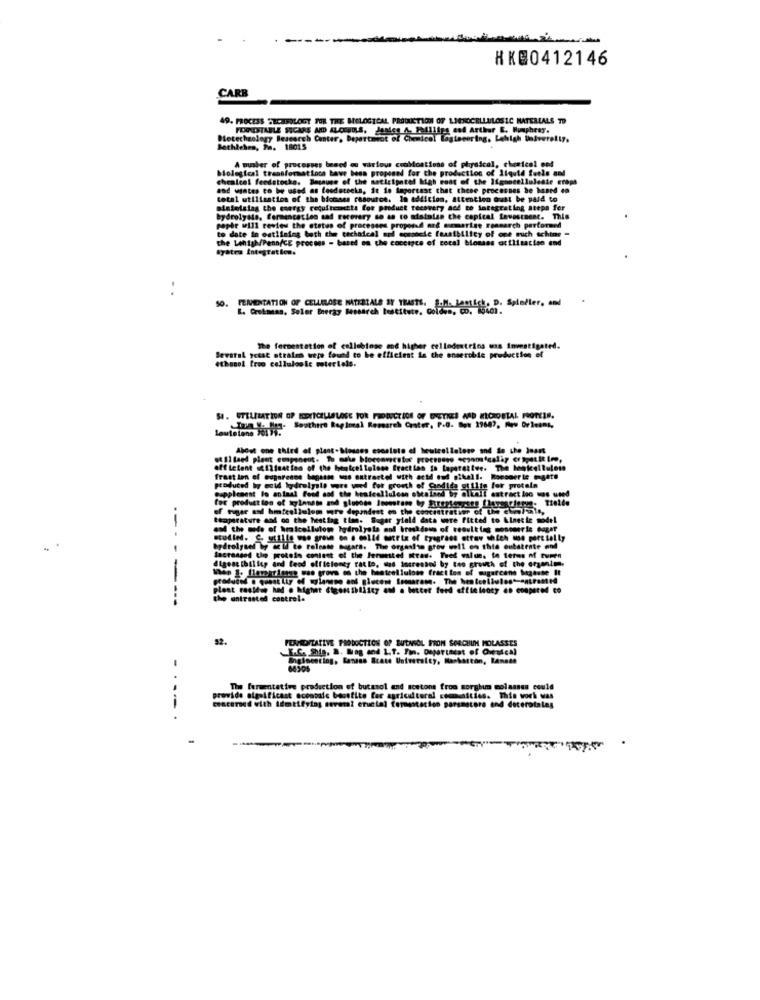
HKE0412146
CARB
49. PROCESS SECHSOLOGY FOR THE BIOLOGICAL PRODUCTION OF LIGNOCELLULOSEC MATERIALS TD
FORTABLE SIGARE AD ALCUND.S. Jaales 4. 2a4liiga and Arthur E. Hunphrey.
letechnology Research Center, Department of Chemical Lagtecering. Lehigh Univerelif.
A maber of processes besed ou wartove cuobloations of physical, chemical ent
chealcol feedstocke. Because of the Bacicspated Met wanted
biological transformat loca have
proposed for the production of liquid feels and
and wates to be used as toodetecks, it is important that these processes Se haned en
total utilisation of the biomses resource. In addition, attention Gust be paid to
sintolalag the energy requirements for product recovery ned to integrating atepe fer
hydrolyale, fermencation and recovery so as to siatolan the capical Levestment. This
pophe will review the status of processes proporad and sammarine research performed
to date in ostiining both che cechaical and ecomoele feasibility of one mich schine -
the Lehigh/Penn/CE process - based on the coccerca of cocal biomass at!lisaciso end
Systra Integration.
The fermentation of collebiose and higher cellodetrins was investigated.
ethanol troo celluloole cotertels.
Sevaral ycast strains were found to be efficient is the enseroble production ef
SI. UTILIZATION OF ECDETCELLSLOGE FOR FIDEUCTION OF ENETKES AND MICROBIAL PROTEIN.
Southern Regional Research Crater, P.O. But 19687, new Orleans,
Loutalons Ja 9.
About one third of plant-Mosans esostoto of heuteelintere and de the least
efficient 12isation of the byenicellulose fraction to laparative. The bookcellulem
frast Ion of eugaronne bagasse uns extracted with acid oud sikall. Roccoerte gate
produced by ocid lydrelyste wore wed for growth of godlda utilis for protein
Supplement lo animal food and the bestcellulesn obtained by olkell extract loc was used
of tiger and hmfeellulem ure depandest on the concentration of the en/alle,
tkaparature and on the hestlag time. Suger yield data were fitted to kinetic model
and the mode of hraicellulowe hydrolyola and breakdown of result tag mosomeris Gagar
---
. .
hydrolysel by az id to release sugara. The orgaslin grow well on this oubatente and
Increased the protein content of the Permeted ittas. Tred value. to terms of turen
digest [hiliup and tend efficiency ratto, das increshed by tee growth of the organlm.
plant rastdie had . higher digossibliscy and a better feed offielenty an conpered co
-----
the antrasted control.
92.
FEXPEDITATIVE PRODUCTION OP BUENSOL FRON SORGHUM MOLASSES
K.C. Shia. B. Mog ood L.T. Fin. Department of Oweadeal
3. Bandas State University, Markettón, Rennes
The fermentative production of butamol and sestons froo sorghum molasses could
provide significant ocontato basefite for agricultural communities. This work was
----
concerned with Aémtifying severa? crucial fermentation parsmature end decerotalas